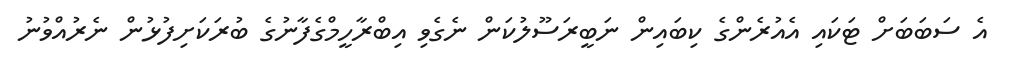
އެ ސަބަބަށް ޓަކައި އެއުރެންގެ ކިބައިން ނަބީރަސޫލުކަން ނެގެވި އިބްރާހީމްގެފާނުގެ ބުރަކަށިފުޅުން ނެރުއްވުނު